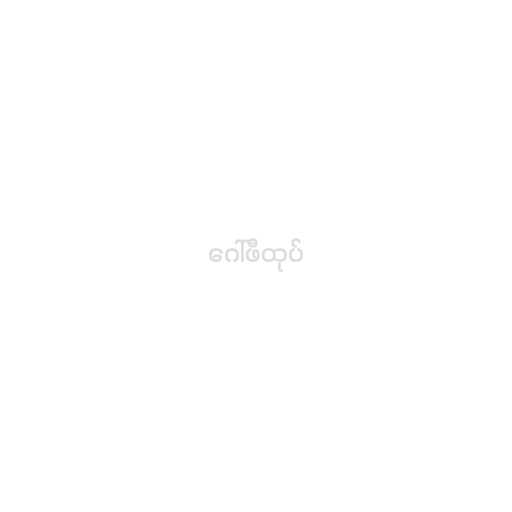
ဂေါ်ဖီထုပ်